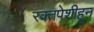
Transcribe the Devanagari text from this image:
रक्तपेशीहून